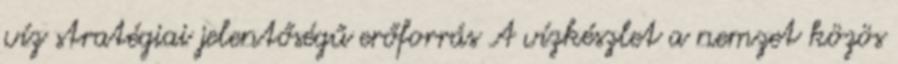
víz stratégiai jelentőségű erőforrás A vízkészlet a nemzet közös